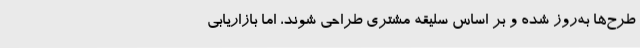
طرح‌ها به‌روز شده و بر اساس سلیقه مشتری طراحی شوند، اما بازاریابی